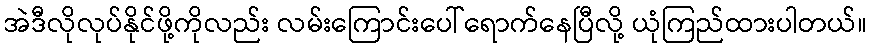
အဲဒီလိုလုပ်နိုင်ဖို့ကိုလည်း လမ်းကြောင်းပေါ်ရောက်နေပြီလို့ ယုံကြည်ထားပါတယ်။